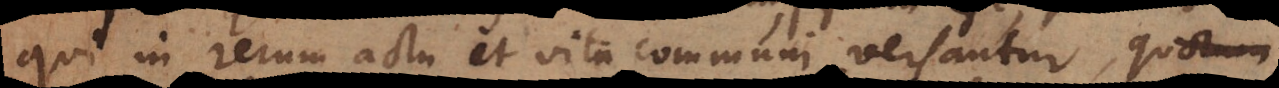
qui in rerum actu et vita communi versantur,